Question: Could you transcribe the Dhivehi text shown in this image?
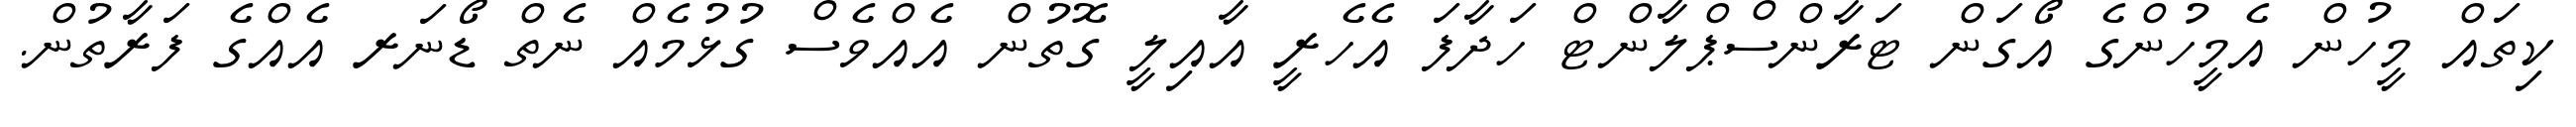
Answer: ކިތައް މީހުން އެމީހުންގެ އޯގަން ޓަރާންސްޕްލާންޓް ހަދާފަ އެހެރީ އާއިލީ ގޮތުން އެއްވެސް ގުޅުމެއް ނެތް ޑޯނަރ އެއްގެ ފަރާތުން.